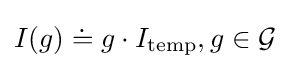
I(g)\doteq g\cdot I_{\mathrm {temp} },g\in {\mathcal {G}}